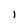
Character: l